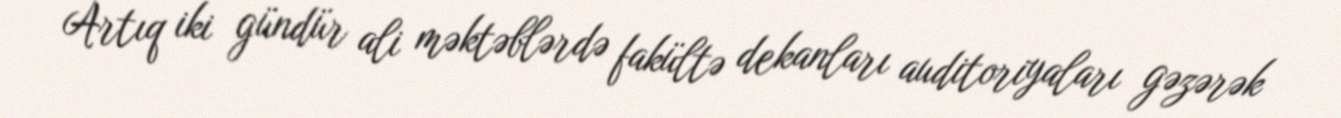
Artıq iki gündür ali məktəblərdə fakültə dekanları auditoriyaları gəzərək